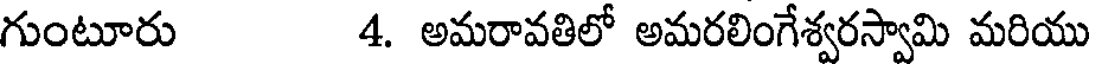
గుంటూరు 4. అమరావతిలో అమరలింగేశ్వరస్వామి మరియు